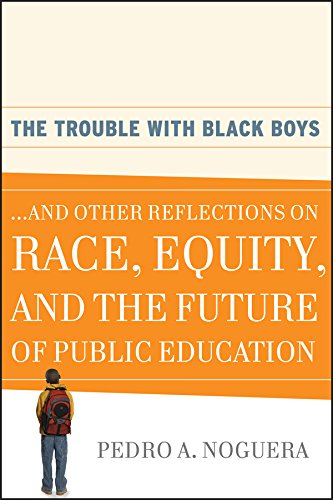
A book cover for The Trouble With Black Boys: ...And Other Reflections on Race, Equity, and the Future of Public Education; Pedro A. Noguera; Education & Teaching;